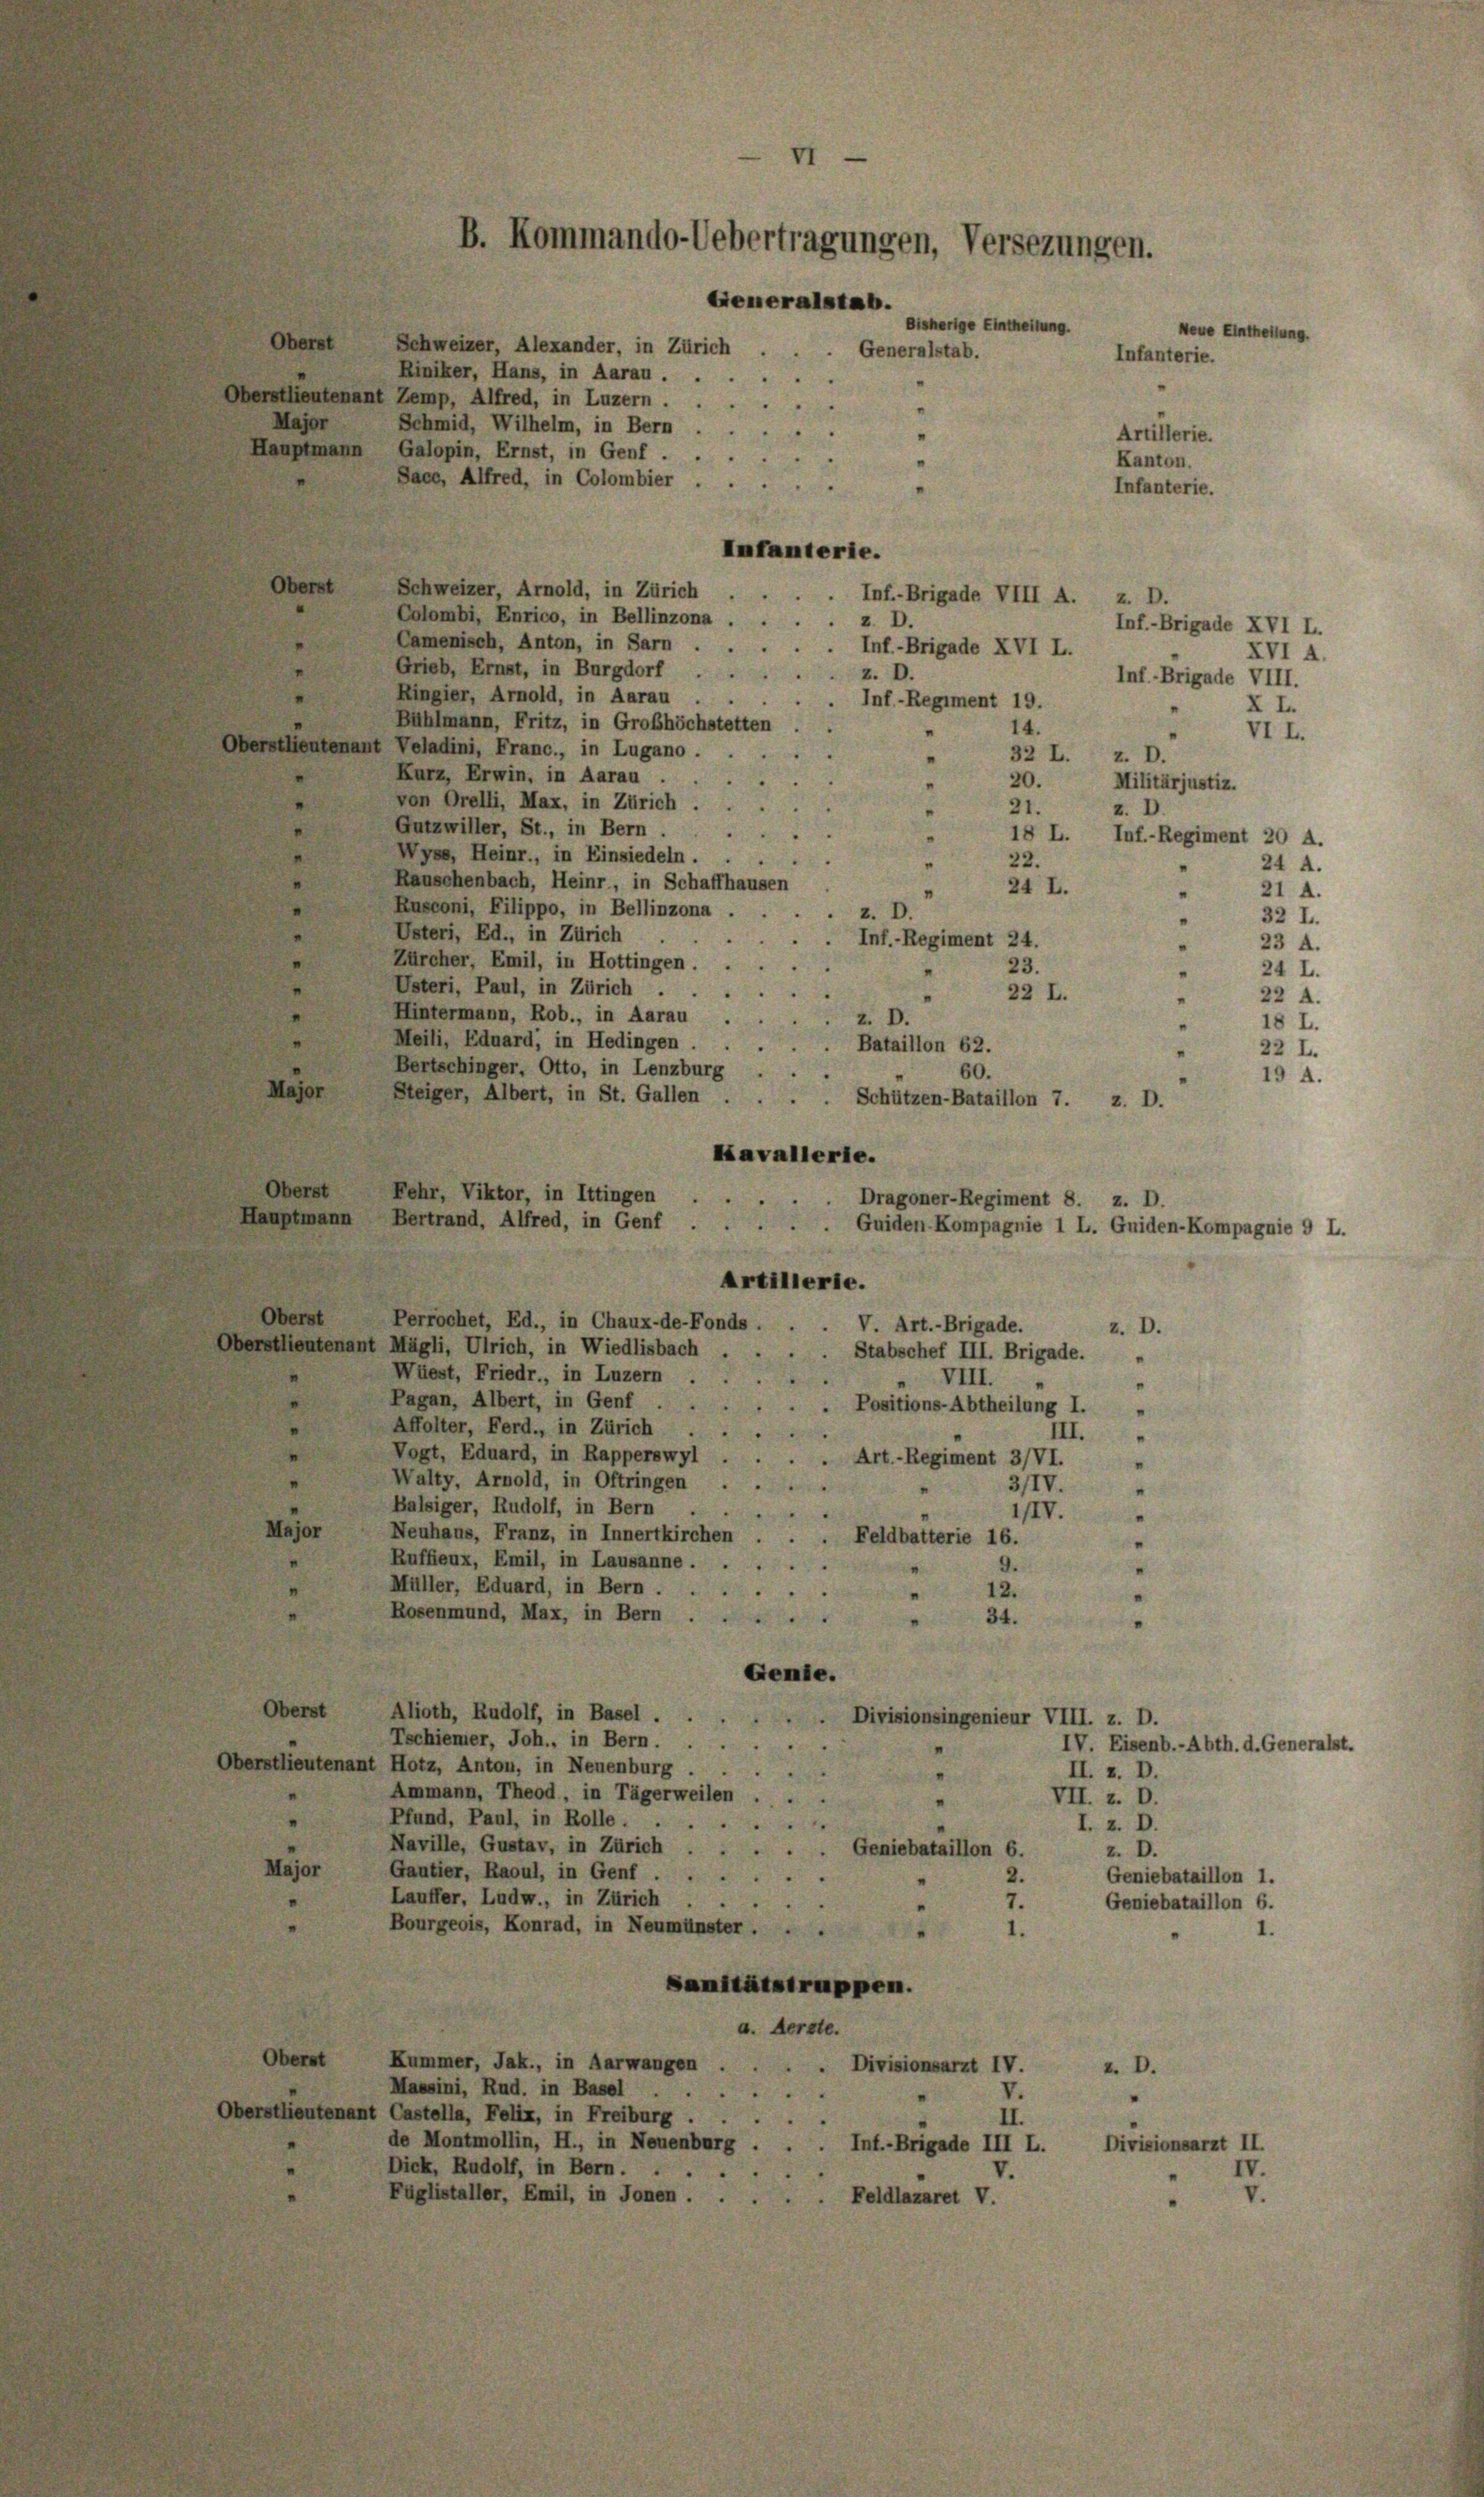
Oberst
Schweizer, Alexander, in Zürich
Generalstab.
Riniker, Hans, in Aarau .
Oberstlieutenant Zemp, Alfred, in Luzern.
Schmid, Wilhelm, in Bern
Hauptmann Galopin, Ernst, in Genf.
Saco, Alfred, in Colombier
Infanterie.
Oberst
Schweizer, Arnold, in Zürich
Inf.-Brigade VIII A. z. D.
Colombi, Enrico, in Bellinzona
z. D.
Camenisch, Anton, in Sarn
Inf.-Brigade XVI L.
Grieb, Ernst, in Burgdorf
z. D.
Ringier, Arnold, in Aarau
.
Inf-Regiment 19.
Bühlmann, Fritz, in Großhöchstetten
14.
Oberstlieutenant Veladini, Franc., in Lugano
Kurz, Erwin, in Aarau .
20.
von Orelli, Max, in Zürich,
21.
Gutzwiller, St., in Bern.
18 L.
Wyss, Heinr., in Einsiedeln. ..
22.
Rauschenbach, Heinr., in Schaffhausen
24 L.
Rusconi, Filippo, in Bellinzona.
2
Usteri, Ed., in Zürich
Inf.-Regiment 24.
Zürcher, Emil, in Hottingen.
23.
"
Usteri, Paul, in Zürich .
22 L.
Hintermann, Rob., in Aarau .
z. D.
Meili, Eduard, in Hedingen.
Bataillon 62.
Bertschinger, Otto, in Lenzburg
60.
Major
Steiger, Albert, in St. Gallen . .
Schützen-Bataillon 7.
z. D.
Kavallerie.
Oberst
Fehr, Viktor, in Ittingen
Dragoner-Regiment 8. z. D.
Hauptmann Bertrand, Alfred, in Genf .
Guiden Kompagnie 1 L. Guiden-Kompagnie 9 L.
Artillerie.
Oberst
Perrochet, Ed., in Chaux-de-Fonds.
V. Art.-Brigade.
z. D.
Oberstlieutenant Mägli, Ulrich, in Wiedlisbach
Stabschef III. Brigade. „
Wüest, Friedr., in Luzern .
VIII.
"
Pagan, Albert, in Genf
Positions-Abtheilung I.
"
Affolter, Ferd., in Zürich . .
II.
Vogt, Eduard, in Rapperswyl
Art. - Regiment 3/VI.
"
Walty. Arnold, in Oftringen .
3/IV.
.
Balsiger, Rudolf, in Bern .
IIIV.
.
Major
Neuhaus, Franz, in Innertkirchen
Feldbatterie 16.
Ruffieux, Emil, in Lausanne.
9.
Müller, Eduard, in Bern.
12.
Rosenmund, Max, in Bern .
34.
Genie.
Oberst
Alioth, Rudolf, in Basel.
Divisionsingenieur VIII. z. D.
Techiener, Joh., in Bern.
IV. Eisenb.-Abth. d. Generalst.
Oberstlieutenant Hotz, Anton, in Neuenburg
II. z. D.
Ammann, Theod, in Tägerweilen
VII. z. D.
Pfund, Paul, in Rolle.
I. z. D.
Naville, Gustav, in Zürich
Geniebataillon 6.
z. D.
Major
Gautier, Raoul, in Genf .
2.
Geniebataillon 1.
Lauffer, Ludw., in Zürich
3
7.
Geniebataillon 6.
Bourgeois, Konrad, in Neumünster ...
1.
Sanitätstruppen.
a. Aerzte.
Oberst
Kummer, Jak., in Aarwangen . . . . Divisionsarzt IV.
v. D.
Massini, Rud. in Basel . .
V.
Oberstlieutenant Castella, Felix, in Freiburg .
II
de Montmollin, H., in Neuenburg .
Inf.-Brigade III L.
Divisionsarzt II.
Dick, Rudolf, in Bern . . .
Füglistaller, Emil, in Jonen.
Feldlazaret V.

Major

VI
B. Kommando-Uebertragungen, Versezungen.
Generalstab.

Bisherige Eintheilung.
Neue Eintheilung
Infanterie.
Artillerie.
Kanton.
Infanterie.

Inf.-Brigade XVI L.
Inf.-Brigade VIII.

XVI 4.
XI.
VII.
32 L. z. D.
Militärjustiz.
z. D.
Inf.-Regiment 20 A.
24 A.
"
21 A.
32 I.
“

V.

23 A.
24 L.
22 A.
18 L.
22 L.

IV.

19 A.